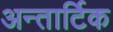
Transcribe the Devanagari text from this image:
अन्तार्टिक